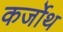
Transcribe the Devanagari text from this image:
कर्जोथ